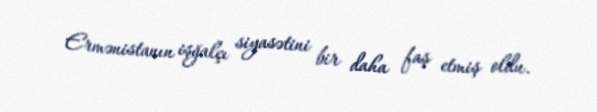
Ermənistanın işğalçı siyasətini bir daha faş etmiş oldu.